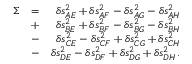
\begin{array} { r l r } { \Sigma } & { = } & { \delta s _ { A E } ^ { 2 } + \delta s _ { A F } ^ { 2 } - \delta s _ { A G } ^ { 2 } - \delta s _ { A H } ^ { 2 } } \\ & { + } & { \delta s _ { B E } ^ { 2 } + \delta s _ { B F } ^ { 2 } - \delta s _ { B G } ^ { 2 } - \delta s _ { B H } ^ { 2 } } \\ & { - } & { \delta s _ { C E } ^ { 2 } - \delta s _ { C F } ^ { 2 } + \delta s _ { C G } ^ { 2 } + \delta s _ { C H } ^ { 2 } } \\ & { - } & { \delta s _ { D E } ^ { 2 } - \delta s _ { D F } ^ { 2 } + \delta s _ { D G } ^ { 2 } + \delta s _ { D H } ^ { 2 } \, . } \end{array}